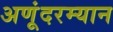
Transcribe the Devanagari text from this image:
अणूंदरम्यान